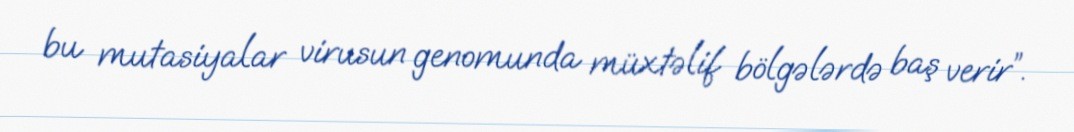
bu mutasiyalar virusun genomunda müxtəlif bölgələrdə baş verir”.